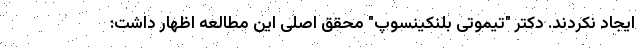
ایجاد نکردند. دکتر "تیموتی بلنکینسوپ" محقق اصلی این مطالعه اظهار داشت: